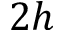
2 h